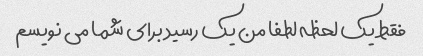
فقط یک لحظه لطفا من یک رسید برای شما می نویسم